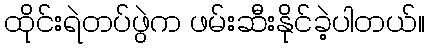
ထိုင်းရဲတပ်ဖွဲက ဖမ်းဆီးနိုင်ခဲ့ပါတယ်။